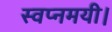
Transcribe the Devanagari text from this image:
स्वप्नमयी।